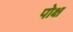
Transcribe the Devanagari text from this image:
पोक्ष